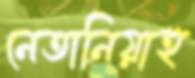
নেতানিয়াহু